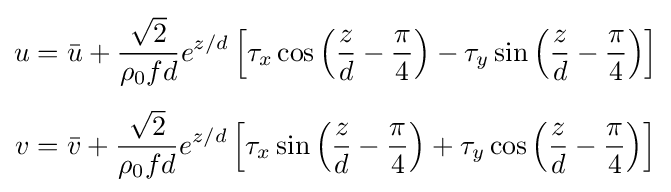
{\begin{aligned}u&={\bar {u}}+{\frac {\sqrt {2}}{\rho _{0}fd}}e^{z/d}\left[\tau _{x}\cos \left({\frac {z}{d}}-{\frac {\pi }{4}}\right)-\tau _{y}\sin \left({\frac {z}{d}}-{\frac {\pi }{4}}\right)\right]\\[5pt]v&={\bar {v}}+{\frac {\sqrt {2}}{\rho _{0}fd}}e^{z/d}\left[\tau _{x}\sin \left({\frac {z}{d}}-{\frac {\pi }{4}}\right)+\tau _{y}\cos \left({\frac {z}{d}}-{\frac {\pi }{4}}\right)\right]\end{aligned}}